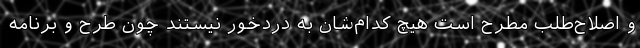
و اصلاح‌طلب مطرح است هیچ کدام‌شان به دردخور نیستند چون طرح و برنامه